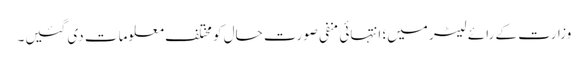
وزارت کے رائے لیٹر میں؛ انتہائی منفی صورت حال کو مختلف معلومات دی گئیں۔